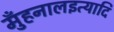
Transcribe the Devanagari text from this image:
मुँहनालइत्यादि